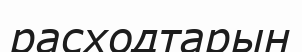
расходтарын